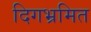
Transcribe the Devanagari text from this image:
दिगभ्रमित